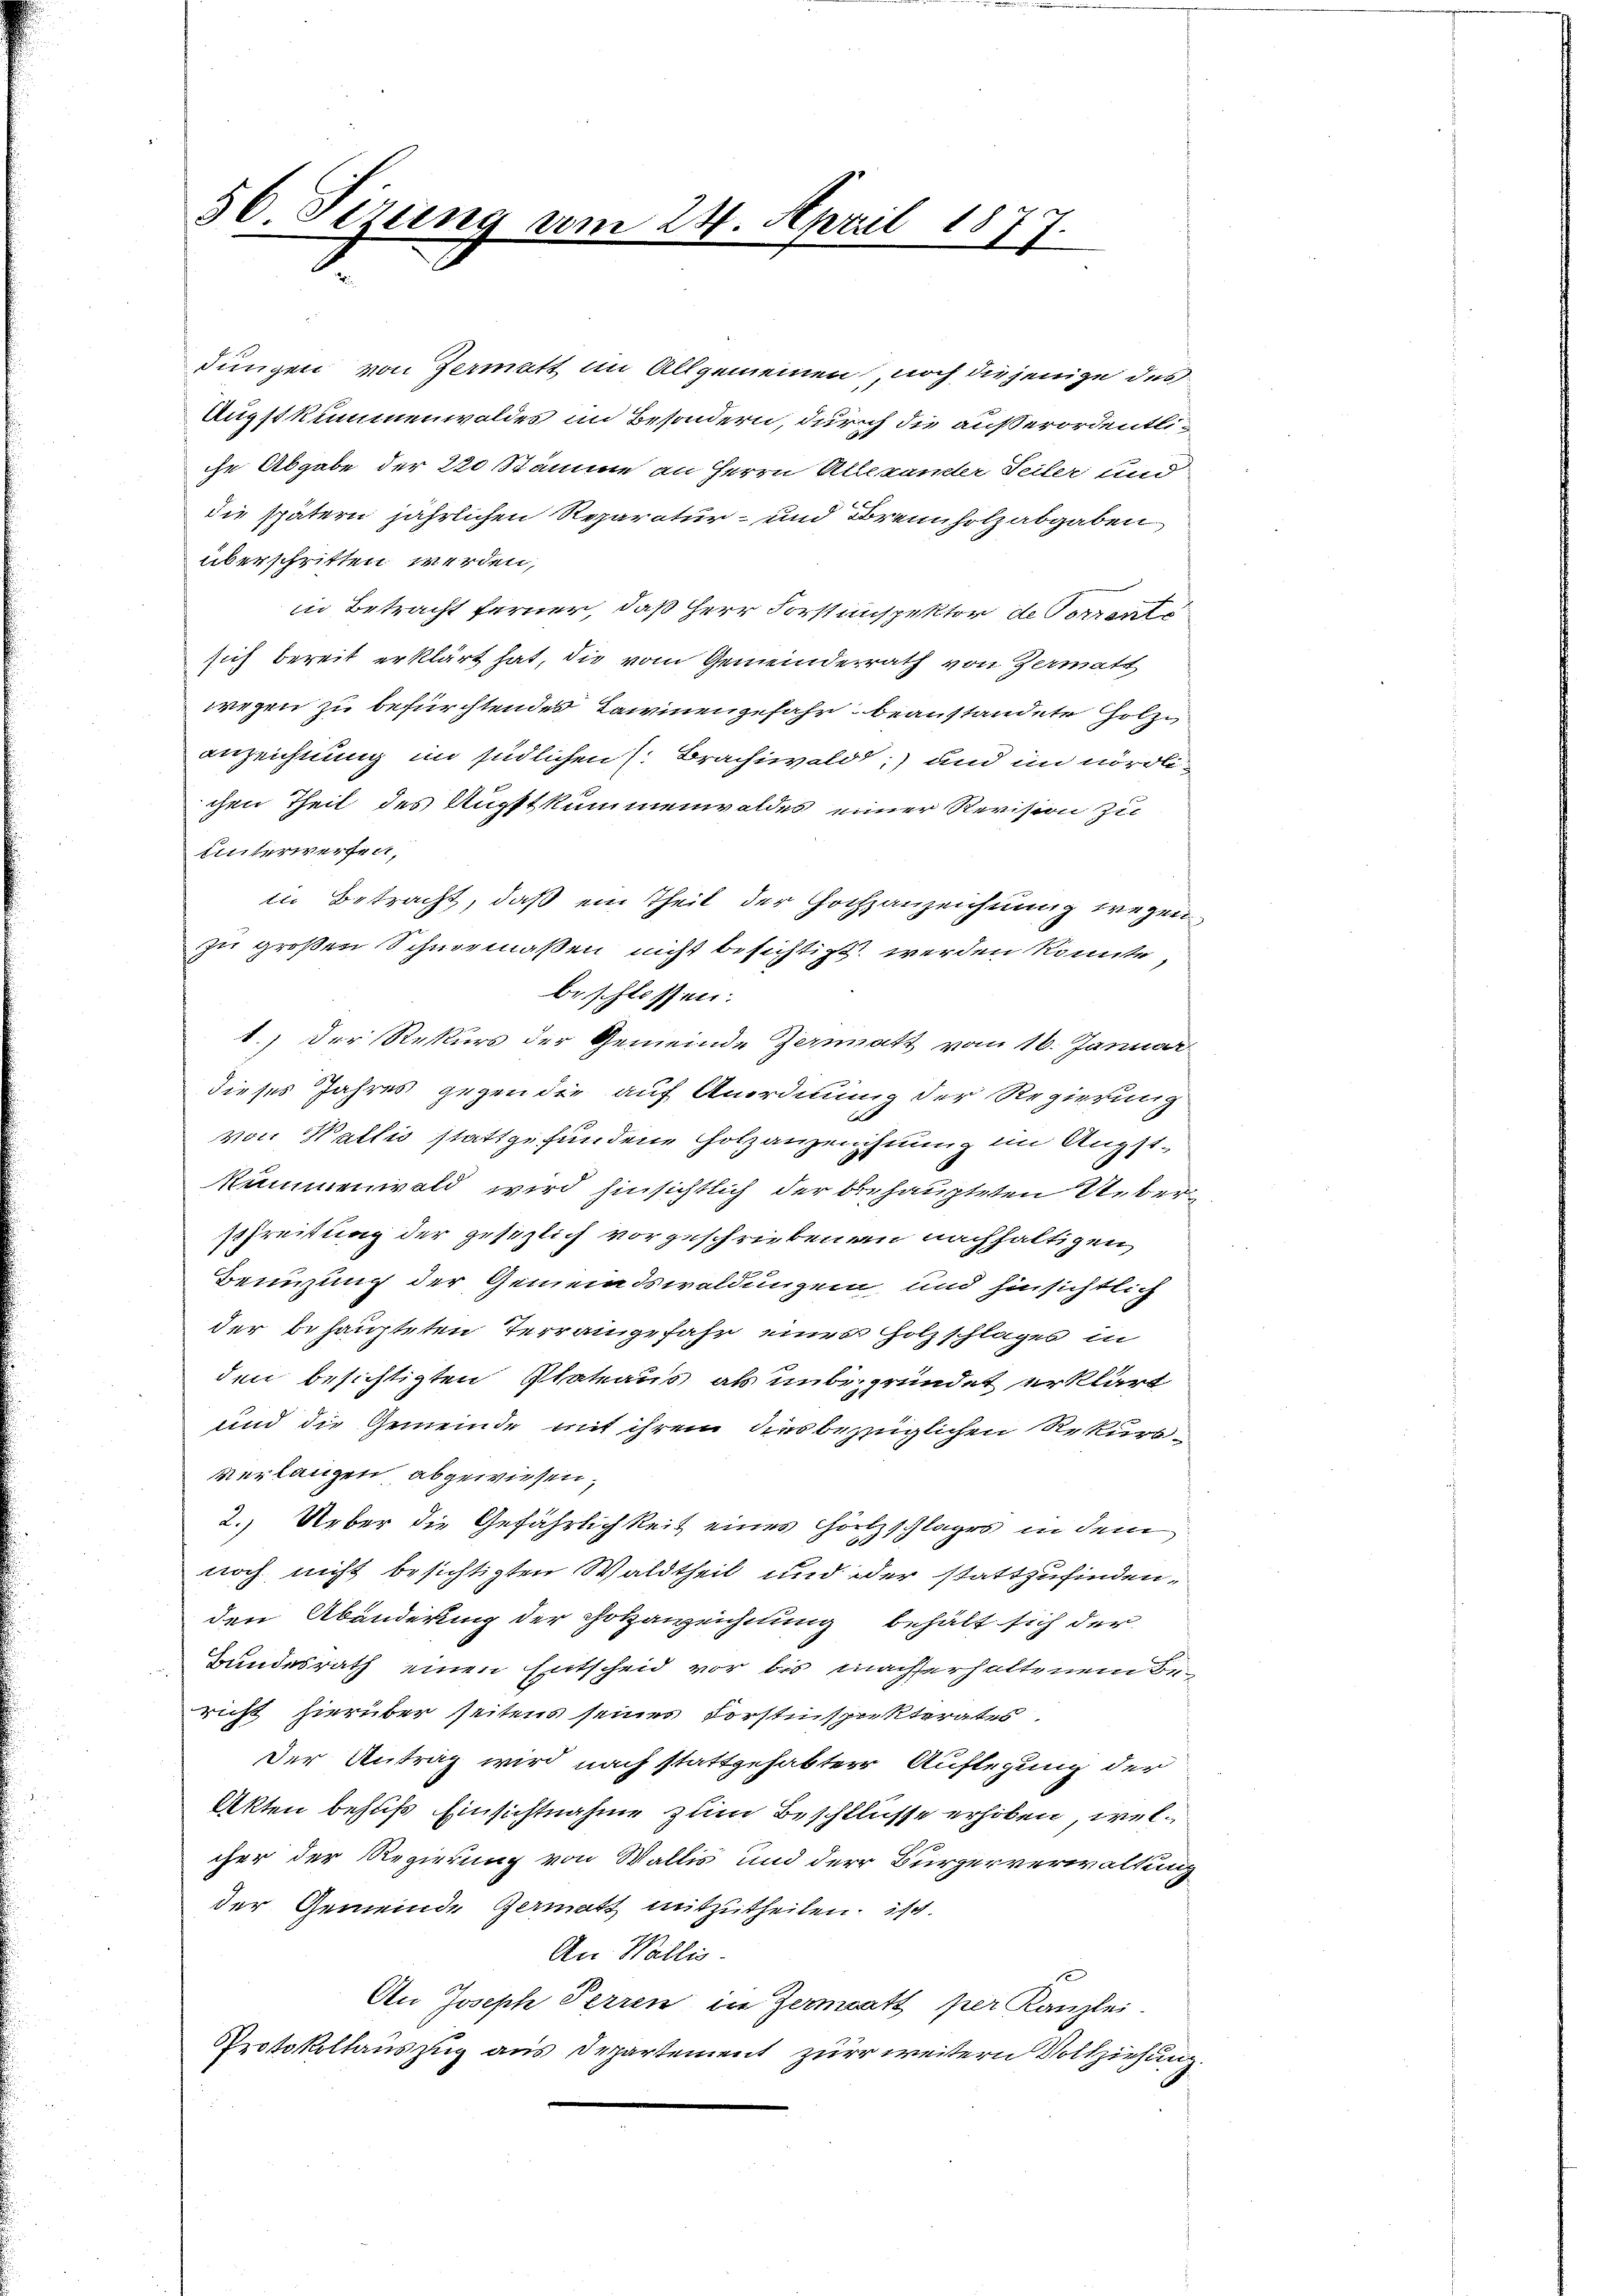
50. Sizung vom 24. April 1877.

dungen von Zermatt im Allgemeinen noch diejenige des
Augstkummenwoldes im Besondern, durch die außerordentliche Abgabe der 220 Stamme an Herrn Allexander Seiter und
die spätern jährlichen Reparatur- und Brennholzabgaben
überschritten werden,
in Betracht ferner, daß Herr Forstinspektor de Vorrente
sich bereit erklärt hat, die vom Gemeindesrath von Zermatt
wegen zu befürchtendes Bainengefahr beanstandete Holzanzeichnung im südlichen ( Brachiwald, und im nördlichen Theil des Augstkummenwaldes einer Revision zu
hinterwerfen,
in Betracht, daß ein Theil der Hochanzeichnung wegen
zu großen Schnermaßen nicht besichtigt werden könnte,
beschlossen:
1.) Der Rekurs der Gemeinde Zermatt vom 16. Januar
dieses Jahres gegen die auf Anordnung der Regierung

von Wallis stattgefundene Holzanzeichnung im Augstkummenwald wird hinsichtlich der behaupteten Ueberschreitung der gesezlich vorgeschriebenen nachhaltigen
Benuzung der Gemeindswaldungen, und hinsichtlich
der behaupteten Terraingefahr eines Holzschlages in
den besichtigten Plateaus als unbegründet erklärt
und die Gemeinde mit ihrem diesbezüglichen Rekursverlangen abgewiesen,
2. Ueber die Gefährlichkeit einer Holzschlages in dem
noch nicht besichtigten Waldtheil und der stattzufinden,
den Abänderung der Hotzanzeichnung behält sich der
Bundesrath einen Entscheid vor bis machterhaltenem Bericht hierüber seitens seines Forstinspekterates
Der Antrag wird nach stattgehabter Auflegung der
Akten behufs Einsichtnahme zum Beschlusse erhoben, welcher der Regierung von Wallis und der Bürgerverwaltung
der Gemeinde Germatt mitzutheilen, ist.
An Wallis.
s
An Joseph Perren in Zermatt per Kanzlei.
Protokollauszug aus Departement zur weitern Vollziehung.